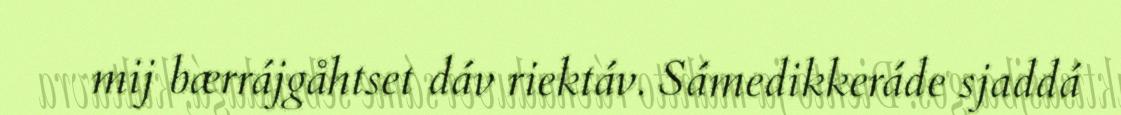
mij bærrájgåhtset dáv riektáv. Sámedikkeráde sjaddá